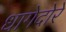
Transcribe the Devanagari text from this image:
धागेदोरे